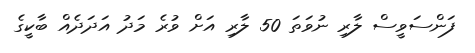
ފަންސަވީސް ލާރި ނުވަތަ 50 ލާރި އަށް ވުރެ މަދު އަދަދެއް ބާކީގެ